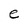
Character: e